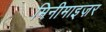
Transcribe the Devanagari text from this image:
मिनीमाइज़र